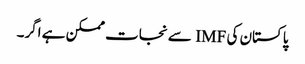
پاکستان کی IMF سے نجات ممکن ہے اگر۔